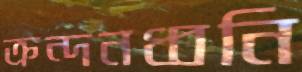
ক্রন্দনধ্বনি